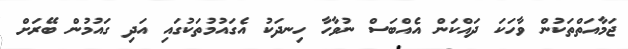
ޖަމާއަތްތަކުން ވާހަކަ ދައްކަން އެއްބަސް ނުވާހާ ހިނދަކު އެގައުމުތަކުގައި އަދި ގައުމުން ބޭރަށް